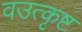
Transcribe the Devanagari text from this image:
वउत्कृष्ट